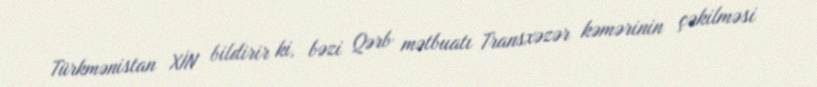
Türkmənistan XİN bildirir ki, bəzi Qərb mətbuatı Transxəzər kəmərinin çəkilməsi